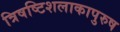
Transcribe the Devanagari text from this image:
त्रिषष्टिशलाकापुरुष